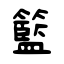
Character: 籃